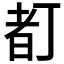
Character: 𠁂